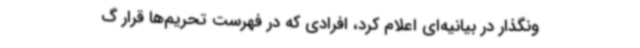
ونگذار در بیانیه‌ای اعلام کرد، افرادی که در فهرست تحریم‌ها قرار گ